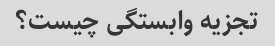
تجزیه وابستگی چیست؟